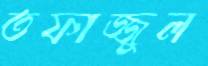
তফাজ্জুল